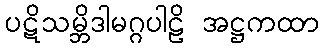
ပဋိသမ္ဘိဒါမဂ္ဂပါဠိ အဋ္ဌကထာ